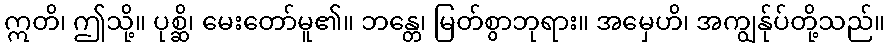
ဣတိ၊ ဤသို့။ ပုစ္ဆိ၊ မေးတော်မူ၏။ ဘန္တေ၊ မြတ်စွာဘုရား။ အမှေဟိ၊ အကျွန်ုပ်တို့သည်။